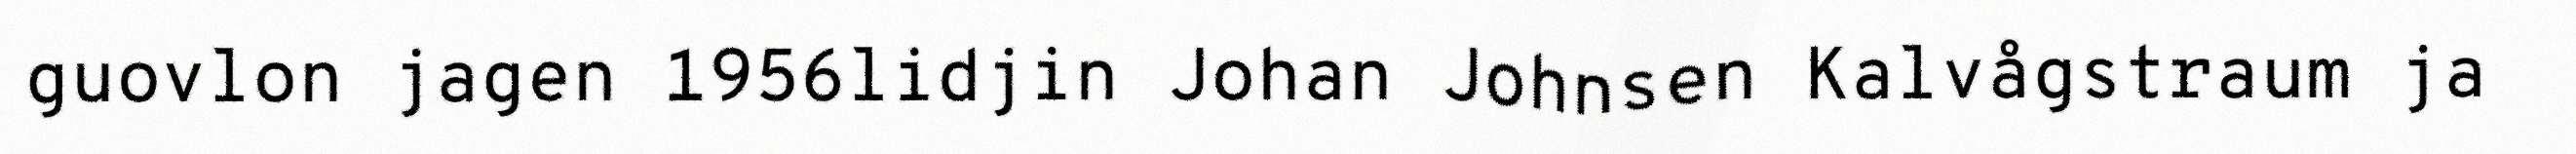
guovlon jagen 1956lidjin Johan Johnsen Kalvågstraum ja